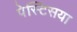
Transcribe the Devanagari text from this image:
पेस्टिसया